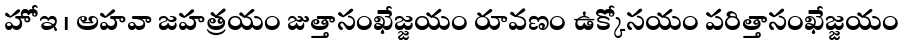
హోఇ । అహవా జహత్రయం జుత్తాసంఖేజ్జయం రూవణం ఉక్కోసయం పరిత్తాసంఖేజ్జయం